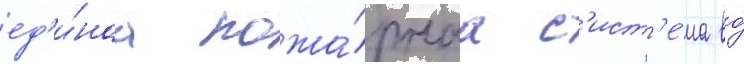
ед'и́наа пожа́рнаа с'ист'е́ма во́